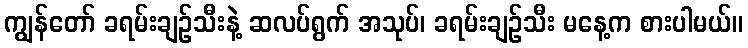
ကျွန်တော် ခရမ်းချဉ်သီးနဲ့ ဆလပ်ရွက် အသုပ်၊ ခရမ်းချဉ်သီး မနေ့က စားပါမယ်။